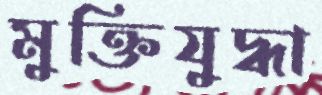
মুক্তিযুদ্ধা